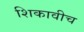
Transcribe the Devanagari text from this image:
शिकावीच